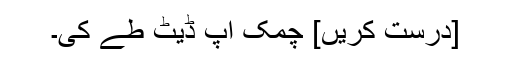
[درست کریں] چمک اپ ڈیٹ طے کی۔